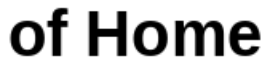
of Home